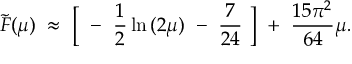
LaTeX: { \widetilde F } ( \mu ) ~ \approx ~ \Bigl [ ~ - ~ \frac { 1 } { 2 } \ln { ( 2 \mu ) } ~ - ~ \frac { 7 } { 2 4 } ~ \Bigr ] ~ + ~ \frac { 1 5 \pi ^ { 2 } } { 6 4 } \mu .